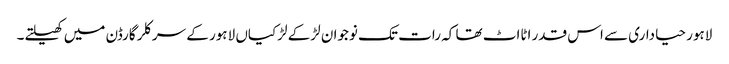
لاہور حیاداری سے اس قدر اٹااٹ تھا کہ رات تک نوجوان لڑکے لڑکیاں لاہور کے سرکلر گارڈن میں کھیلتے۔